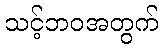
သင့်ဘဝအတွက်